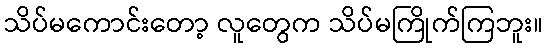
သိပ်မကောင်းတော့ လူတွေက သိပ်မကြိုက်ကြဘူး။